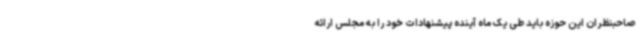
صاحبنظران این حوزه باید طی یک ماه آینده پیشنهادات خود را به مجلس ارائه